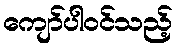
ကျော်ပါဝင်သည့်